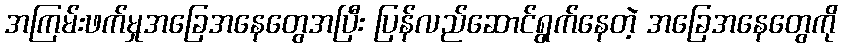
အကြမ်းဖက်မှုအခြေအနေတွေအပြီး ပြန်လည်ဆောင်ရွက်နေတဲ့ အခြေအနေတွေကို